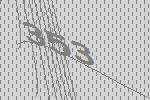
353